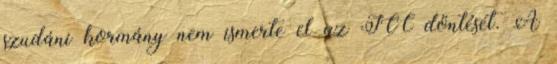
szudáni kormány nem ismerte el az ICC döntését. A